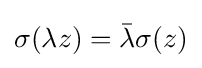
\sigma (\lambda z)={\bar {\lambda }}\sigma (z)